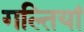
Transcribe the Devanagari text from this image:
गल्तियां